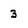
Character: 3